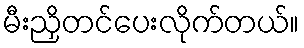
မီးညှိတင်ပေးလိုက်တယ်။